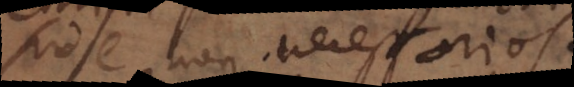
id non necessario